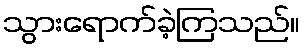
သွားရောက်ခဲ့ကြသည်။